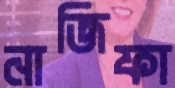
নাজিফা